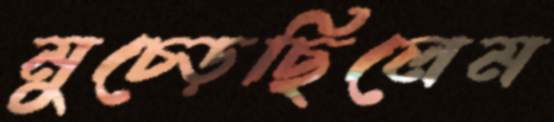
মুচ্‌ড়েছিলেম